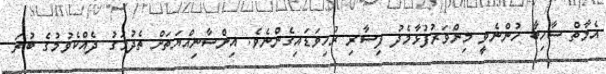
އެމާތް ސާހިބާ ހުންނެވީ މިންވަރުފުޅާމެދު ފިސާރި ރުހިވަޑައިގެންނެވެ. އިންސާނިއްޔަތަށް ތެދުމަގު ދެއްކެވުމުގެ ބުރަ